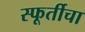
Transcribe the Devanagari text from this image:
स्फूर्तीचा